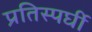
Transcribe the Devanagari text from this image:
प्रतिस्पर्घी